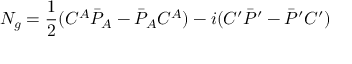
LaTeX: N _ { g } = { \frac { 1 } { 2 } } ( { \cal C } ^ { A } \bar { \cal P } _ { A } - \bar { \cal P } _ { A } { \cal C } ^ { A } ) - i ( { \cal C } ^ { \prime } \bar { \cal P } ^ { \prime } - \bar { \cal P } ^ { \prime } { \cal C } ^ { \prime } )